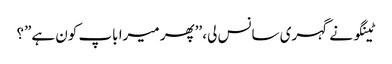
ٹینگو نے گہری سانس لی، ’’پھر میرا باپ کون ہے”؟